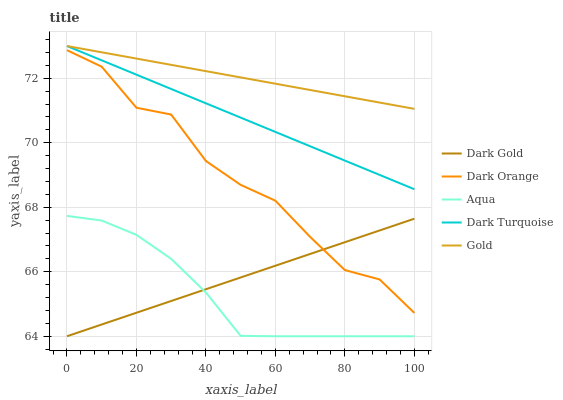
| xaxis_label | Dark Gold | Dark Orange | Aqua | Dark Turquoise | Gold |
 | --- | --- | --- | --- | --- | --- |
 | 0 | 64 | 72.9 | 67.7 | 73 | 73 |
 | 10 | 64.4 | 72.4 | 67.6 | 72.6 | 72.8 |
 | 20 | 64.7 | 71.1 | 67.1 | 72.1 | 72.6 |
 | 30 | 65.1 | 70.9 | 66.4 | 71.7 | 72.4 |
 | 40 | 65.5 | 69.4 | 65.4 | 71.2 | 72.2 |
 | 50 | 65.8 | 68.7 | 64 | 70.8 | 72 |
 | 60 | 66.2 | 68.2 | 64 | 70.3 | 71.8 |
 | 70 | 66.6 | 67.1 | 64 | 69.9 | 71.6 |
 | 80 | 66.9 | 66.1 | 64 | 69.4 | 71.4 |
 | 90 | 67.3 | 65.8 | 64 | 69 | 71.2 |
 | 100 | 67.6 | 64.7 | 64 | 68.6 | 71.1 |